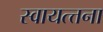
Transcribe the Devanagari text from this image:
स्वायत्त्तना